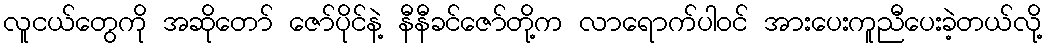
လူငယ်တွေကို အဆိုတော် ဇော်ပိုင်နဲ့ နီနီခင်ဇော်တို့က လာရောက်ပါဝင် အားပေးကူညီပေးခဲ့တယ်လို့